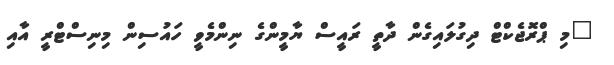
"މި ޕްރޮޖެކްޓް ދިގުލައިގެން ދާތީ ރައީސް ޔާމީންގެ ނިންމެވީ ހައުސިން މިނިސްޓްރީ އާއި